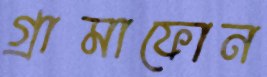
গ্রামাফোন